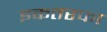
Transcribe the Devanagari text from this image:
इकतरफा